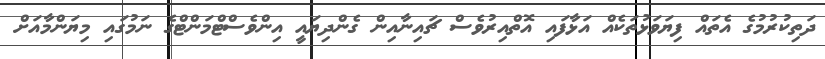
ދަތިކުރުމުގެ އެތައް ފިޔަވަޅުތަކެއް އަޅާފައި އޮތްއިރުވެސް ޗައިނާއިން ގެންދިޔައީ އިންވެސްޓްމަންޓްގެ ނަމުގައި މިޔަންމާއަށް